Investigations into the jail dietaries of the United Provinces with some observations on the influence of dietary on the physical development and well-being of the people of the United Provinces - Number 48
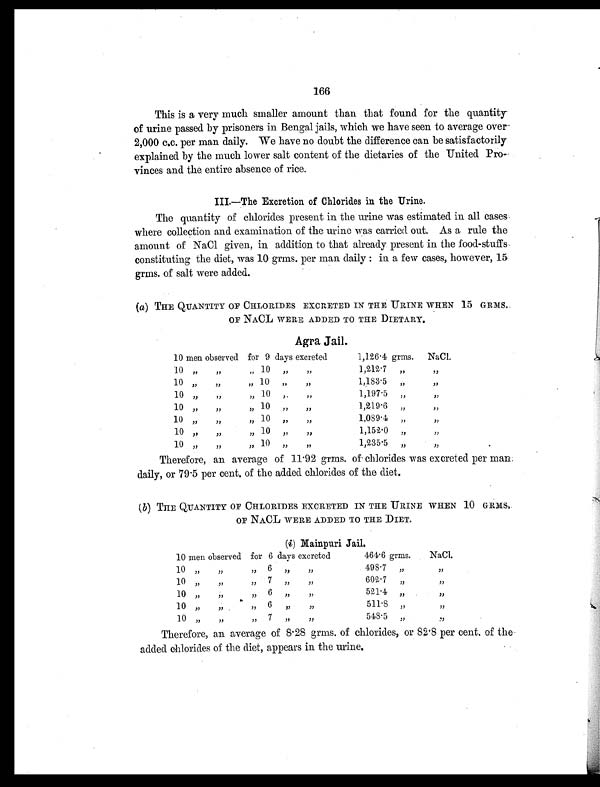
166
This is a very much smaller amount than that found for the quantity
of urine passed by prisoners in Bengal jails, which we have seen to average over
2,000 c.c. per man daily. We have no doubt the difference can be satisfactorily
explained by the much lower salt content of the dietaries of the United Pro-
vinces and the entire absence of rice.
III.—The Excretion of Chlorides in the Urine.
The quantity of chlorides present in the urine was estimated in all cases
where collection and examination of the urine was carried out. As a rule the
amount of NaCl given, in addition to that already present in the food-stuffs
constituting the diet, was 10 grms. per man daily : in a few cases, however, 15
grms. of salt were added.
(a) THE QUANTITY OF CHLORIDES EXCRETED IN THE URINE WHEN 15 GRMS.
OF NACL WERE ADDED TO THE DIETARY.
Agra Jail.
10 men observed for 9 days excreted
1,126.4 grms. NaCl.
10 „
„
„ 10 „
„
1,212.7 „
,,
10 „
„
,, 10 , ,
,,
1,183.5 „
,,
10 „
„
„ 10 ,.
„
1,197.5 „
,,
10 „
„
„
10 ,,
„
1,219.6 „
,,
10 „
„
„ 10
„ „
1,089.4 „
,,
10 ,,
„
„ 10
„ „
1,152.0 „
„
10 „
„
„ 10 „
„
1,235.5 „
,,
Therefore, an average of 11.92 grms. of chlorides was excreted per man;
daily, or 79.5 per cent. of the added chlorides of the diet.
( b) THE QUANTITY OF CHLORIDES EXCRETED IN THE URINE WHEN 10 GRMS
. OF NACL WERE ADDED TO THE DIET.
(i) Mainpuri Jail.
10 men observed for 6 days excreted
464.6 grms.
NaCl.
10 „
„ „
6 ,,
„
498.7 „
„
10 „
„
,, 7
„ „
602.7
„ „
10
„ „ „
6
„ „
521.4
„ „
10 „
,,
„
6
„ „
511.8
„ „
10 „
„ „
7
„ „
548.5 „
„
Therefore, an average of 8.28 grms. of chlorides, or 82.8 per cent. of the
added chlorides of the diet, appears in the urine.